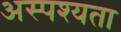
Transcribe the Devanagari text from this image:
अस्पश्यता